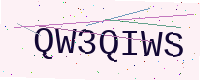
Text: QW3QIWS